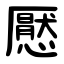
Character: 懕